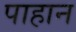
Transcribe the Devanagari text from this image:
पाहान